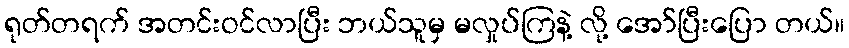
ရုတ်တရက် အတင်းဝင်လာပြီး ဘယ်သူမှ မလှုပ်ကြနဲ့ လို့ အော်ပြီးပြော တယ်။